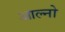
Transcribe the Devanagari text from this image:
आल्नो